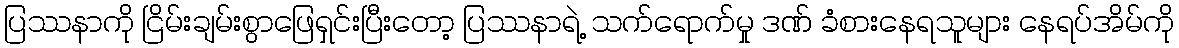
ပြဿနာကို ငြိမ်းချမ်းစွာဖြေရှင်းပြီးတော့ ပြဿနာရဲ့ သက်ရောက်မှု ဒဏ် ခံစားနေရသူများ နေရပ်အိမ်ကို